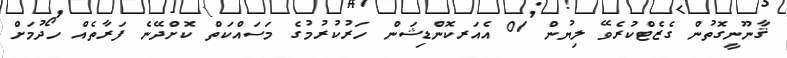
ޤާނޫނީގޮތުން ގެޒެޓްކުރެވޭ ލިޔުން 01 އެއަރކޮންޑިޝަން ހަރުކުރުމުގެ މަސައްކަތް ކޮށްދޭނެ ފަރާތެއް ހޯދުމަށް